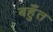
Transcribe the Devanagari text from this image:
बहुँत